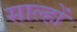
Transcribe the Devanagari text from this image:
साल्हों